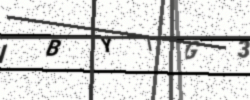
Text: IBYIG3